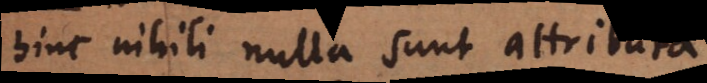
hinc nihili nulla sunt attributa.